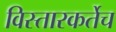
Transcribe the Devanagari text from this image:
विस्तारकर्तेच